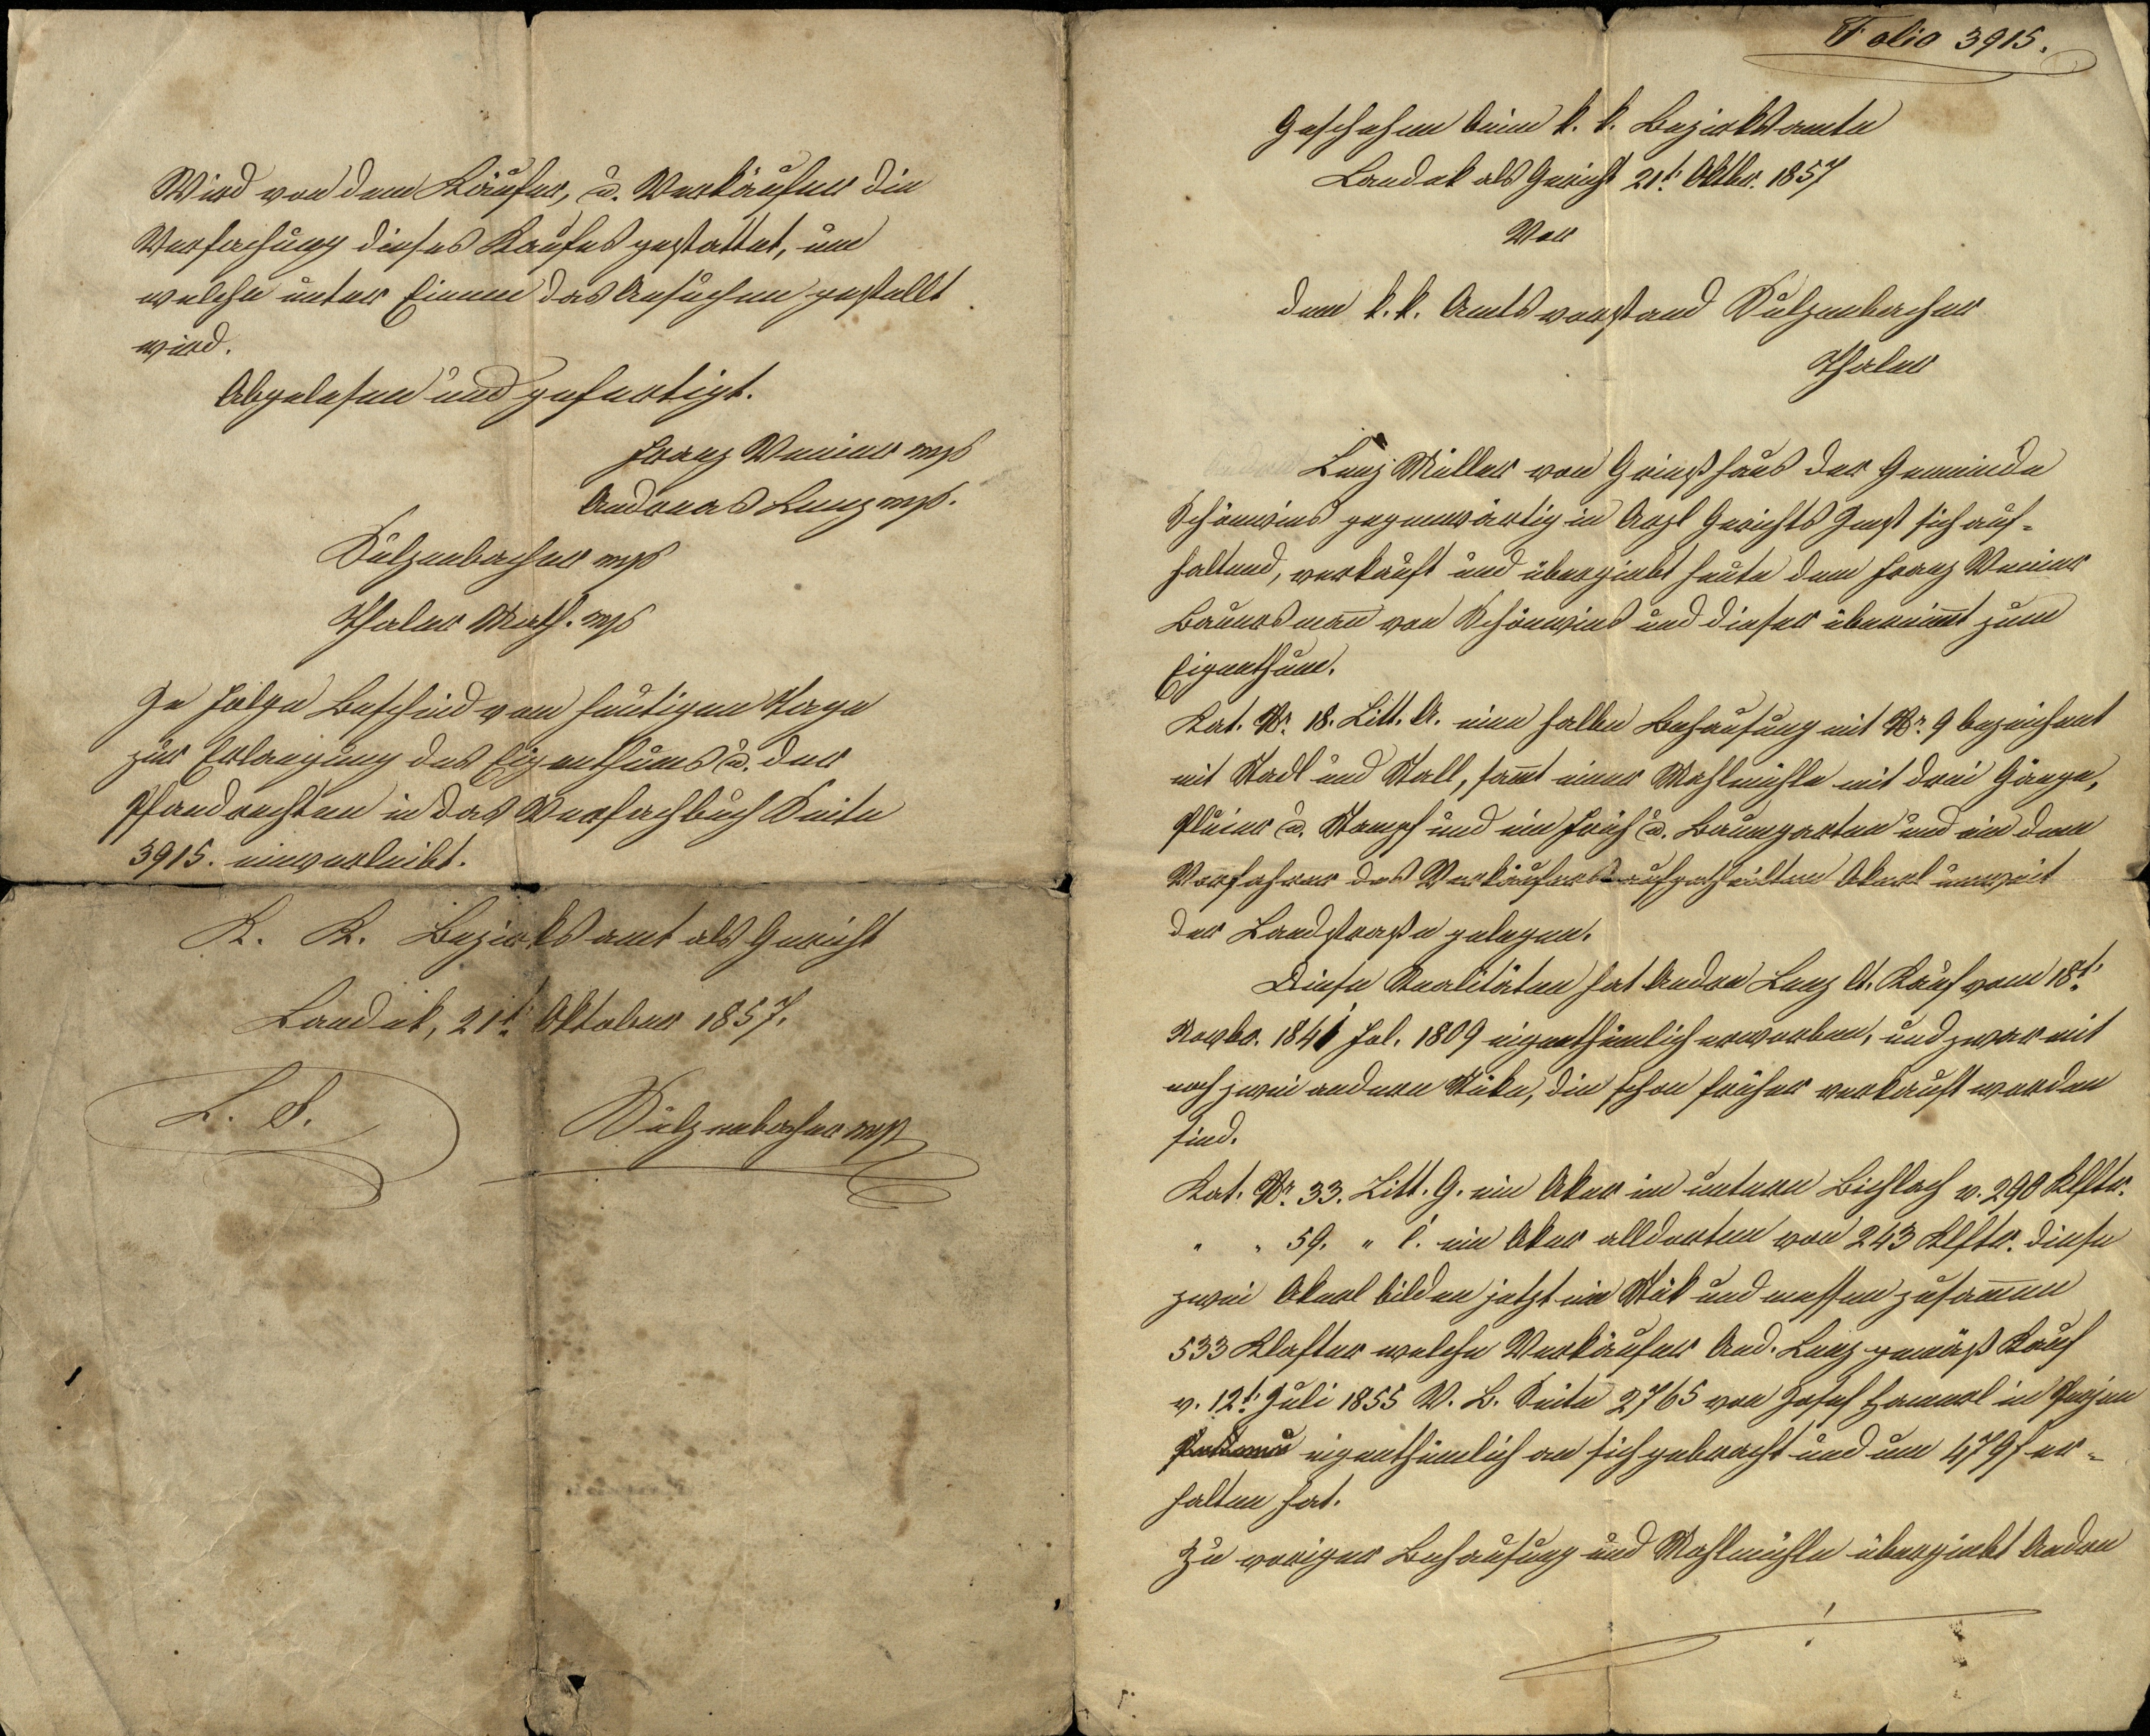
Folio 3915.
Geschehen beim k. k. Bezirksamte
Landek als Gericht 21.t Oktbr. 1857
Vor
dem k.k. Amtsvorstand Sulzenbacher
Thaler
Lenz Müller von Grins Haus der Gemeinde
Schönwies gegenwärtig in Arzl Gerichts Imst sich auf¬
haltend, verkauft und übergiebt heute dem Franz Venier
Bauersmann von Schönwies und dieser übernimmt zum
Eigenthum.
Kat. Nr. 18. Litt. A. eine halbe Behausung mit Nr. 9 bezeichnet
mit Stadl und Stall, sammt einer Mahlmühle mit drei Gänge,
Pluier u. Stampf und ein Früh u. Baumgarten und ein dem
Vorfahrer des Verkäufers aufgetheilten Akerl unweit
der Landstraße gelegen.
Diese Realitäten hat Andre Lenz lt. Kauf vom 18.t
Novbr. 1841 fol. 1809 eigenthümlich erworben, und zwar mit
noch zwei andern Stükn, die schon früher verkauft worden
sind.
Kat. Nr. 33. Litt. G. ein Aker im untern Bichlach v. 290 Klftr.
  "    "    59    "   C. ein Aker alldorten von 243 Klftr. diese
zwei Akerl bilden jetzt ein Stük und messen zusammen
533 Klafter welche Verkäufer And. Lenz gemäß Kauf
v. 12.t Juli 1855 V. B. Seite 2765 von Josef Hamerl in Perjen
Pettneu eigenthümlich an sich gebracht und um 479 f er¬
halten hat.
Zu voriger Behausung und Mahlmühle übergiebt Andre

Wird von dem Käufer, u. Verkäufer die
Verfachung dieses Kaufes gestattet, um
welche unter Einem das Ansuchen gestellt
wird.
Abgelesen und gefertigt.
Franz Venier mp
Andreas Lenz mp.
Sulzenbacher mp
Thaler Math. mp
In Folge Beschied vom heutigen Tage
zur Erlangung des Eigenthums u. der
Pfandrechten in das Verfachbuch Seite
3915. einverleibt.
K. K. Bezirksamt als Gericht
Landek, 21t Oktober 1857.
L. S. Sulzenbacher mp